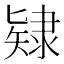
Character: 𨽹